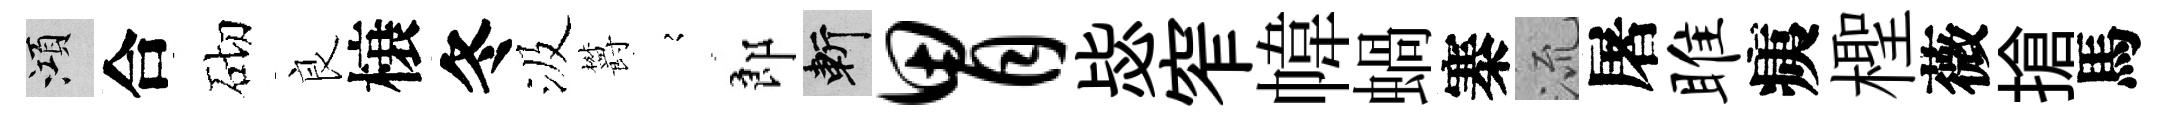
澒合砌良榱冬汲欝𡪹郎斬胃毖窄幃蝸寨𣴑屠雎痍檉薇搶馬